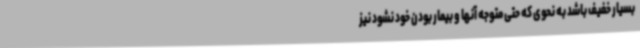
بسیار خفیف باشد به نحوی که حتی متوجه آنها و بیمار بودن خود نشود نیز